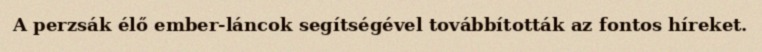
A perzsák élő ember-láncok segítségével továbbították az fontos híreket.